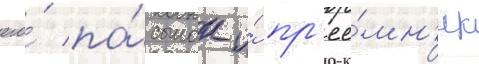
его́ па́сынок и́ пр'ее́мн'ик